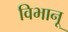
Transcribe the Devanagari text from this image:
विभानू